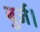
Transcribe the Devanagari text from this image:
बुर्ज।